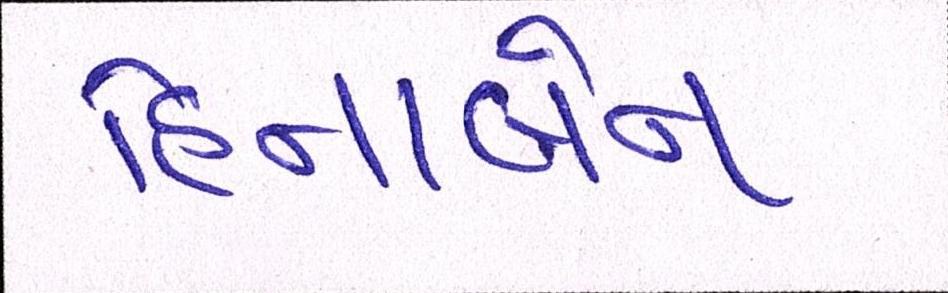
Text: હિનાબેન